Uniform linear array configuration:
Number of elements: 8
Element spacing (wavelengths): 1
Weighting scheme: exponential
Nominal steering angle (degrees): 60
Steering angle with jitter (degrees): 59.052
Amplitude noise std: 0.05
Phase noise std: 0.05

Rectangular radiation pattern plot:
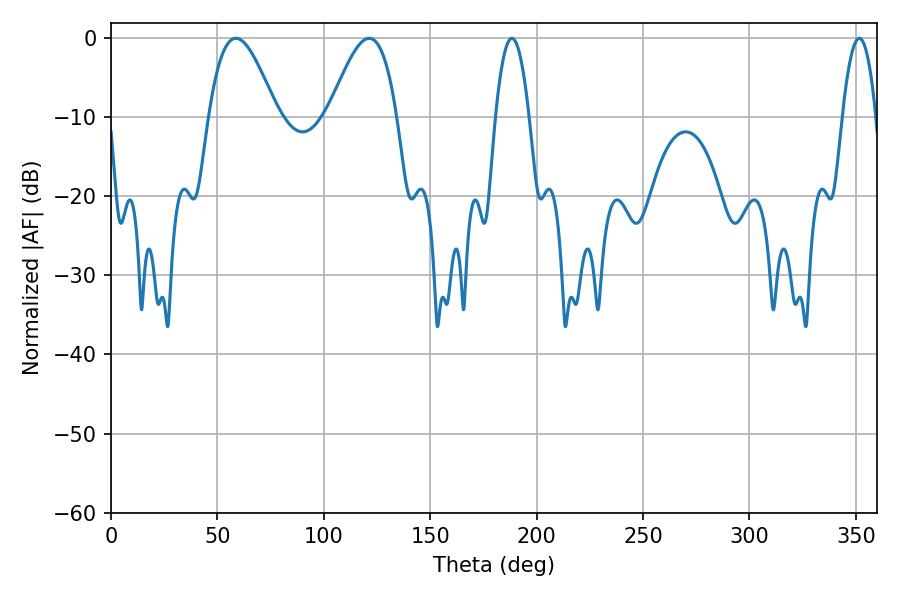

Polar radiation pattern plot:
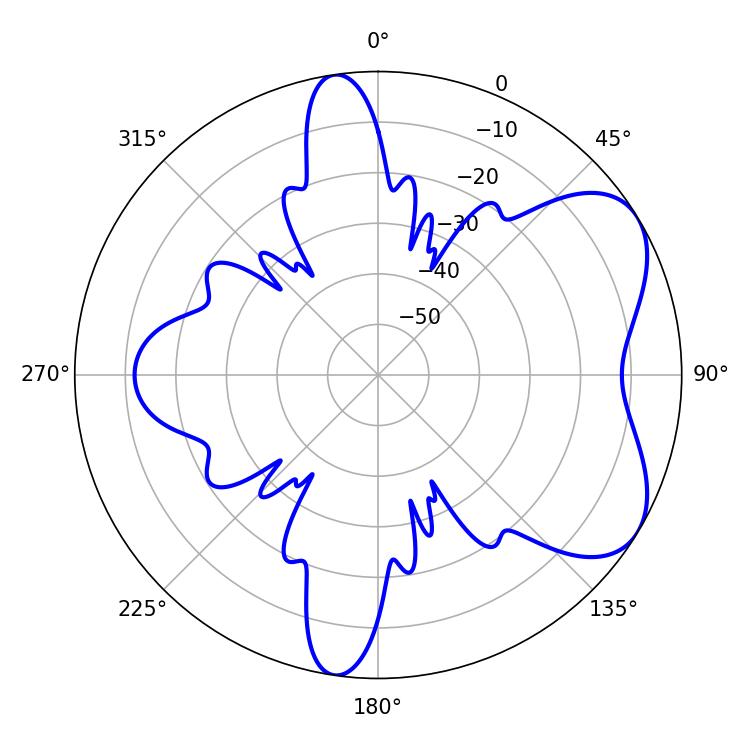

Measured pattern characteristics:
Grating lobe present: TRUE
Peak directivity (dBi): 5.874
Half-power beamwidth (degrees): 17.28
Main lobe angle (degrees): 58.68